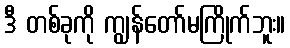
ဒီ တစ်ခုကို ကျွန်တော်မကြိုက်ဘူး။